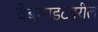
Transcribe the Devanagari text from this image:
वेबसाइटवरील